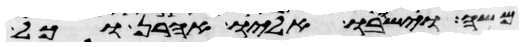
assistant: משה וישבו אליו אהרן וכל